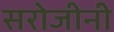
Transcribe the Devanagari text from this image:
सरोजीनी